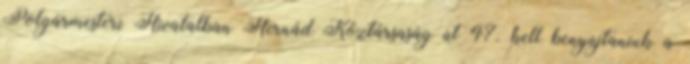
Polgármesteri Hivatalban Hernád Köztársaság út 47. kell benyújtaniuk a